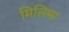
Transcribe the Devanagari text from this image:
मिलिम्स